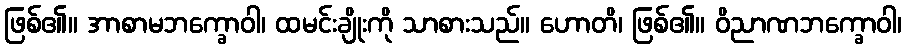
ဖြစ်၏။ အာစာမဘက္ခောဝါ၊ ထမင်းချိုးကို သာစားသည်။ ဟောတိ၊ ဖြစ်၏။ ဝိညာဏဘက္ခောဝါ၊